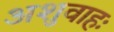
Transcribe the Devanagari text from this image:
अशुवाहः